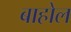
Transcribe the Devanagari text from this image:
बाहोल